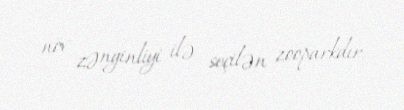
növ zənginliyi ilə seçilən zooparkdır.